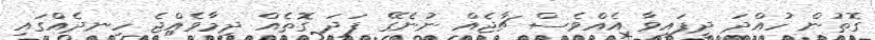
ގޮތުން ހުއްދަ ދީފައިވާ އެއްވެސް ޗާޖެއް ނުނެގޭ ފަދަ ގޮތެއް ދިމާވެއްޖެ ހިނދެއްގައި